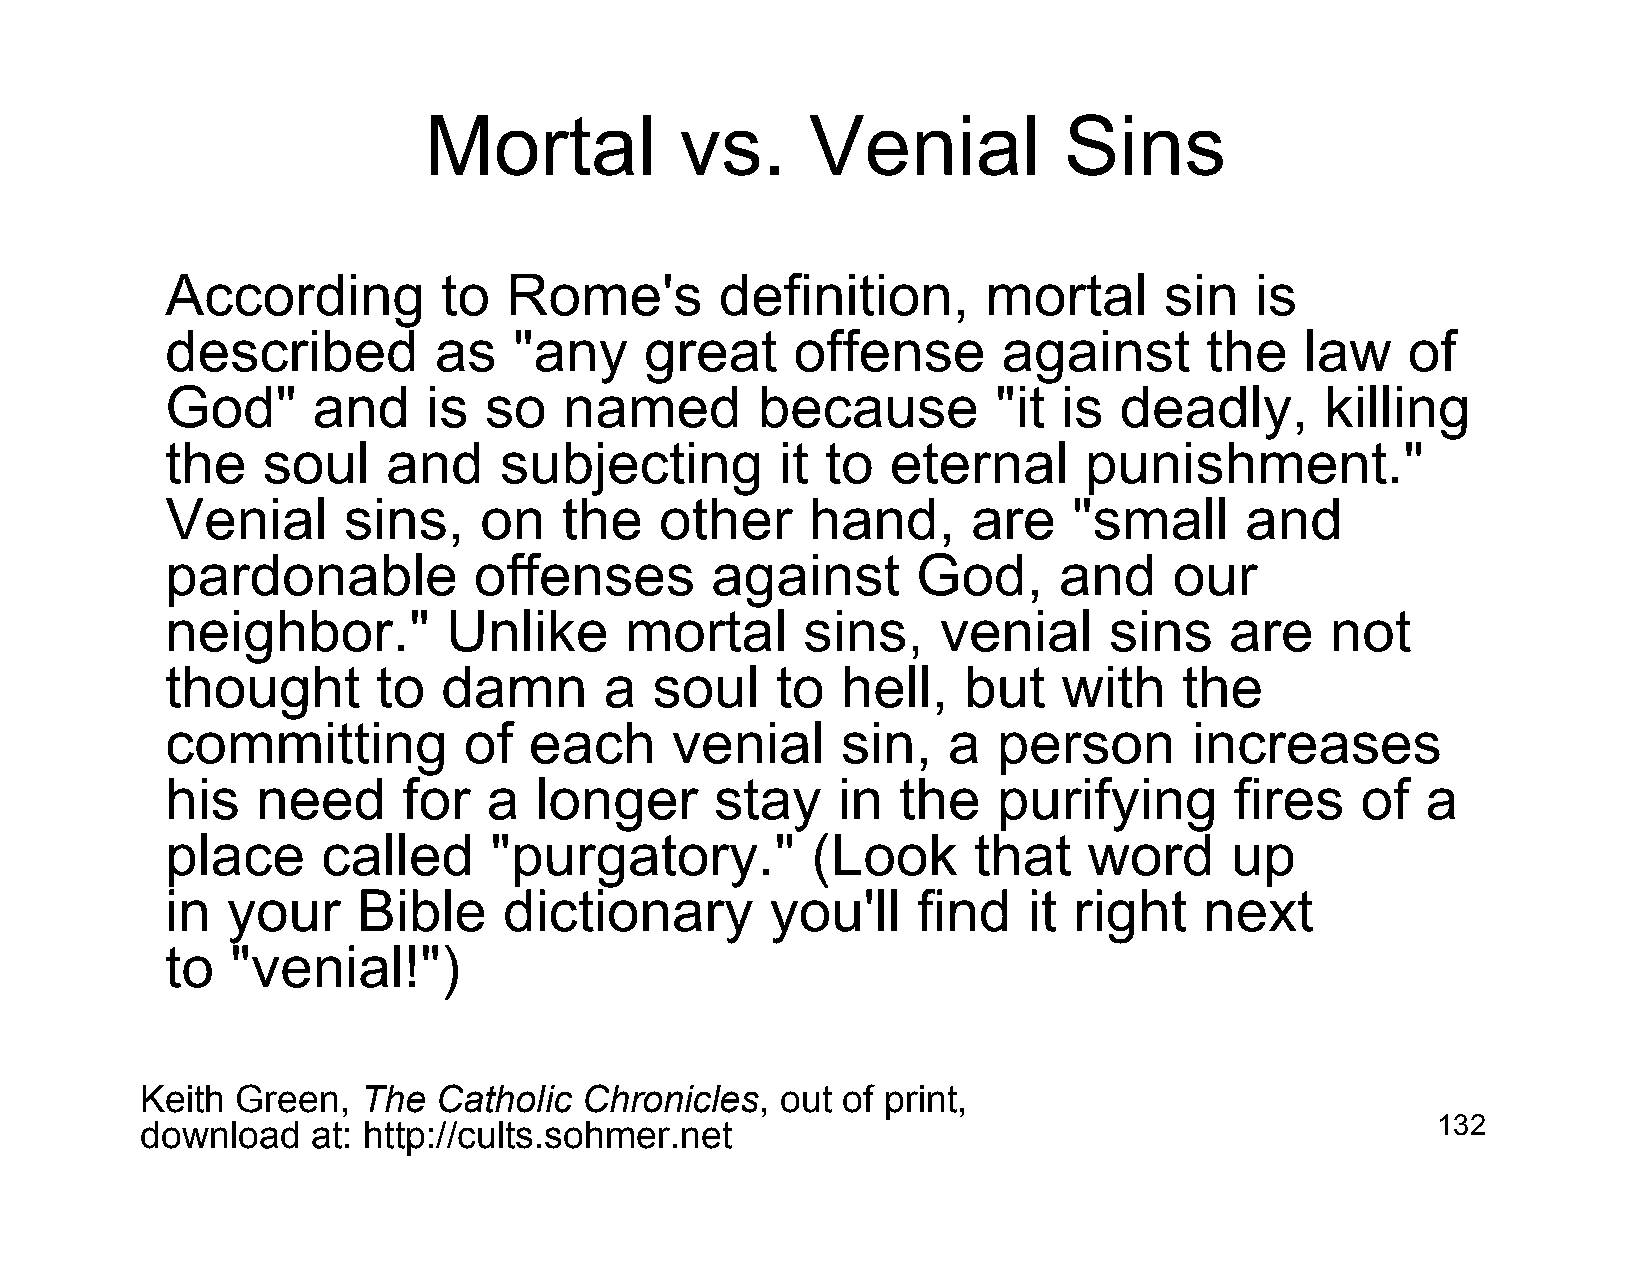
Mortal           vs.      Venial          Sins
 According         to   Rome's        definition,      mortal      sin   is
 described         as   "any     great     offense      against       the   law    of
 God"      and    is  so   named        because         "it is  deadly,       killing
 the   soul     and    subjecting         it to  eternal      punishment."
 Venial      sins,    on   the    other     hand,     are    "small     and
 pardonable          offenses        against       God,     and     our
 neighbor."         Unlike     mortal      sins,    venial     sins    are    not
 thought       to  damn       a  soul    to   hell,   but   with    the
 committing          of  each     venial      sin,   a  person       increases
 his   need      for  a  longer      stay    in   the   purifying       fires   of  a
 place     called     "purgatory."          (Look     that    word     up
 in  your     Bible    dictionary        you'll    find   it right    next
 to  "venial!")
 Keith  Green,  The  Catholic  Chronicles,  out of print,
 download    at: http://cults.sohmer.net                                               132